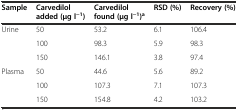
<table><thead><tr><td><b>Sample</b></td><td><b>Carvedilol added (μg l<sup>−1</sup>)</b></td><td><b>Carvedilol found (μg l<sup>−1</sup>)<sup>a</sup></b></td><td><b>RSD (%)</b></td><td><b>Recovery (%)</b></td></tr></thead><tbody><tr><td>Urine</td><td>50</td><td>53.2</td><td>6.1</td><td>106.4</td></tr><tr><td></td><td>100</td><td>98.3</td><td>5.9</td><td>98.3</td></tr><tr><td></td><td>150</td><td>146.1</td><td>3.8</td><td>97.4</td></tr><tr><td>Plasma</td><td>50</td><td>44.6</td><td>5.6</td><td>89.2</td></tr><tr><td></td><td>100</td><td>107.3</td><td>7.1</td><td>107.3</td></tr><tr><td></td><td>150</td><td>154.8</td><td>4.2</td><td>103.2</td></tr></tbody></table>